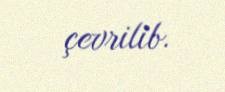
çevrilib.